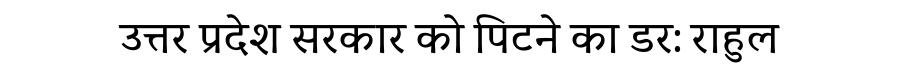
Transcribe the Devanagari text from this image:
उत्तर प्रदेश सरकार को पिटने का डर: राहुल